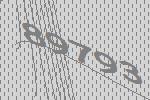
89793